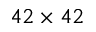
4 2 \times 4 2